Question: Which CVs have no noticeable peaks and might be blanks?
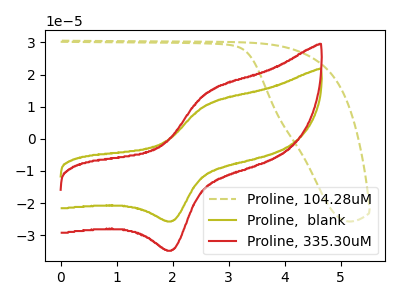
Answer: <think>The olive dashed curve "Proline, 104.28uM" has no peaks. The olive curve "Proline,  blank" has an anodic peak at (2.60V, 10.60uA) and a cathodic peak at (2.00V, -25.55uA). The red curve "Proline, 335.30uM" has an anodic peak at (2.60V, 14.35uA) and a cathodic peak at (2.00V, -34.60uA).</think>
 <answer>"Proline, 104.28uM" is likely to be a blank.</answer>
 <eval>Proline, 104.28uM</eval>